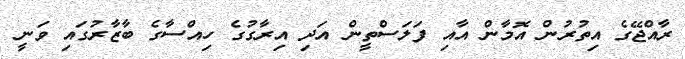
ރާއްޖޭގެ އިތުރުން އޮމާން އާއި ފަލަސްތީން އަދި އިރާގުގެ ހިއްސާގެ ބާޒާރުގައި ވަނީ